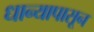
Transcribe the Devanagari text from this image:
धान्यापासून